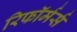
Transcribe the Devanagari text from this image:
रिफॉर्मर्स